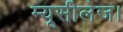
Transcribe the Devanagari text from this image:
म्यूसीलेज।